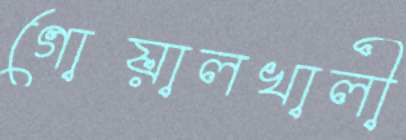
গোয়ালখালী